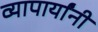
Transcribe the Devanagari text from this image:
व्यापार्यांनी